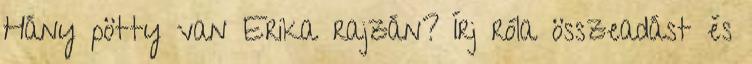
Hány pötty van Erika rajzán? Írj róla összeadást és